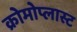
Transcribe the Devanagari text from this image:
क्रोमोप्लास्ट